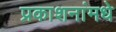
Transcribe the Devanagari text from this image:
प्रकाशनांमधे